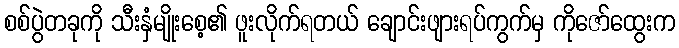
စစ်ပွဲတခုကို သီးနှံမျိုးစေ့၏ ဖူးလိုက်ရတယ် ချောင်းဖျားရပ်ကွက်မှ ကိုဇော်ထွေးက